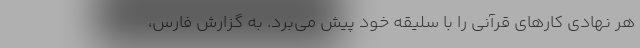
هر نهادی کارهای قرآنی را با سلیقه خود پیش می‌برد. به گزارش فارس،